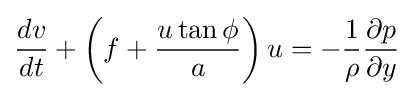
{\frac {dv}{dt}}+\left(f+{\frac {u\tan \phi }{a}}\right)u=-{\frac {1}{\rho }}{\frac {\partial p}{\partial y}}